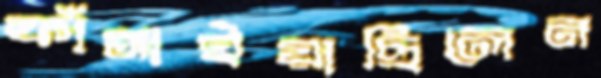
ফাঁসাইয়াছিলেন